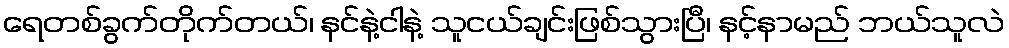
ရေတစ်ခွက်တိုက်တယ်၊ နင်နဲ့ငါနဲ့ သူငယ်ချင်းဖြစ်သွားပြီ၊ နင့်နာမည် ဘယ်သူလဲ